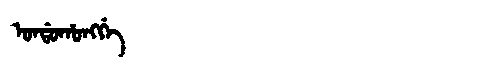
Manchu: ᠣᠨᡩᠣᡥᠣᠩᡤᡝ
Romanization: ONDOHONGGE